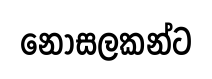
නොසලකන්ට